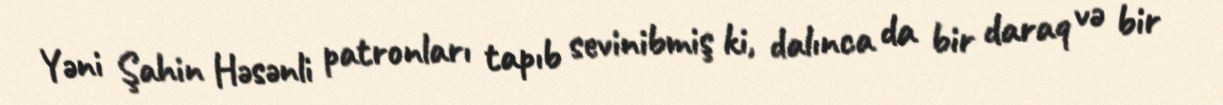
Yəni Şahin Həsənli patronları tapıb sevinibmiş ki, dalınca da bir daraq və bir